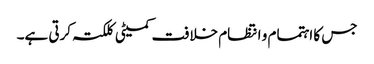
جس کا اہتمام و انتظام خلافت کمیٹی کلکتہ کرتی ہے۔